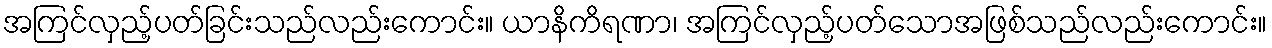
အကြင်လှည့်ပတ်ခြင်းသည်လည်းကောင်း။ ယာနိကိရဏာ၊ အကြင်လှည့်ပတ်သောအဖြစ်သည်လည်းကောင်း။